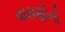
વાસણોનો